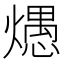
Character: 𰟦